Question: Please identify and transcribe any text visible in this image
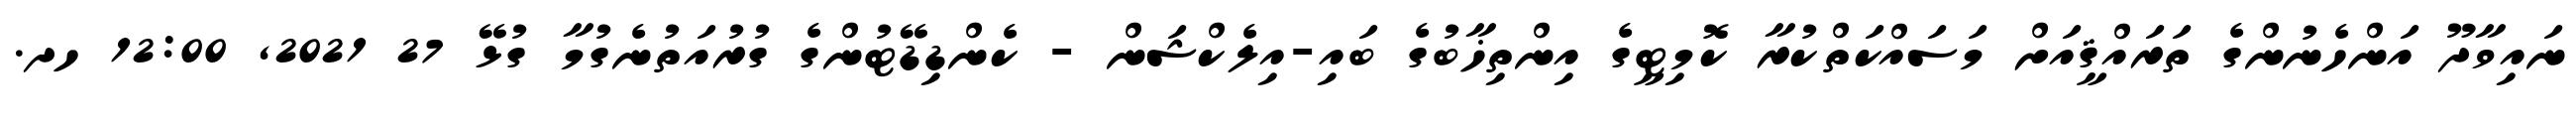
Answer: ނައިވާދޫ އަންހެނުންގެ ތަރައްޤީއަށް މަސައްކަތްކުރާ ކޮމިޓީގެ އިންތިޚާބުގެ ބައި-އިލެކްޝަން - ކެންޑިޑޭޓުންގެ ގުރުއަތުނެގުމާ ގުޅޭ 27 2021, 12:00 ހދ.